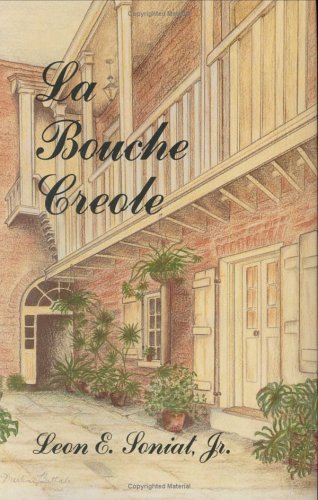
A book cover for Bouche Creole, La (La Bouche Creole); Leon E. Soniat  Jr.; Cookbooks, Food & Wine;